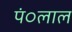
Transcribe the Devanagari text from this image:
पं०लाल